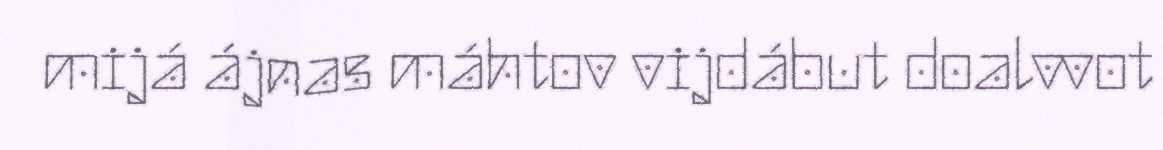
mijá ájnas máhtov vijdábut doalvvot